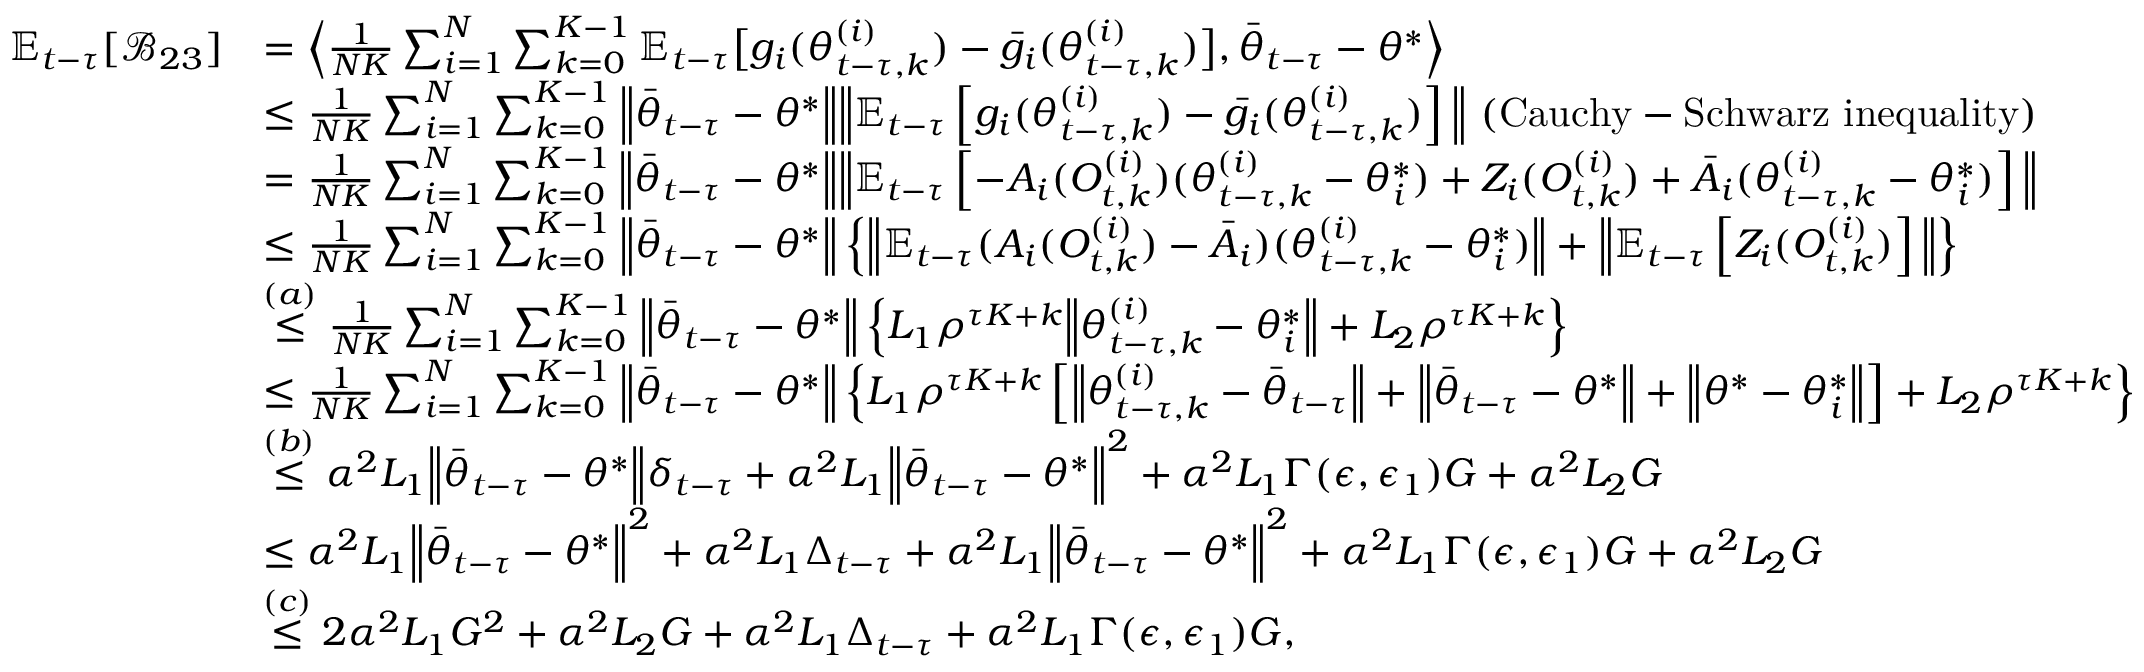
\begin{array} { r l } { \mathbb { E } _ { t - \tau } [ \mathcal { B } _ { 2 3 } ] } & { = \Big \langle \frac { 1 } { N K } \sum _ { i = 1 } ^ { N } \sum _ { k = 0 } ^ { K - 1 } \mathbb { E } _ { t - \tau } \big [ g _ { i } ( \theta _ { t - \tau , k } ^ { ( i ) } ) - \bar { g } _ { i } ( \theta _ { t - \tau , k } ^ { ( i ) } ) \big ] , \bar { \theta } _ { t - \tau } - \theta ^ { * } \Big \rangle } \\ & { \le \frac { 1 } { N K } \sum _ { i = 1 } ^ { N } \sum _ { k = 0 } ^ { K - 1 } \Big \lVert \bar { \theta } _ { t - \tau } - \theta ^ { * } \Big \rVert \Big \lVert \mathbb { E } _ { t - \tau } \left[ g _ { i } ( \theta _ { t - \tau , k } ^ { ( i ) } ) - \bar { g } _ { i } ( \theta _ { t - \tau , k } ^ { ( i ) } ) \right] \Big \rVert \ ( \mathrm { C a u c h y - S c h w a r z ~ i n e q u a l i t y } ) } \\ & { = \frac { 1 } { N K } \sum _ { i = 1 } ^ { N } \sum _ { k = 0 } ^ { K - 1 } \Big \lVert \bar { \theta } _ { t - \tau } - \theta ^ { * } \Big \rVert \Big \lVert \mathbb { E } _ { t - \tau } \left[ - A _ { i } ( O _ { t , k } ^ { ( i ) } ) ( \theta _ { t - \tau , k } ^ { ( i ) } - \theta _ { i } ^ { * } ) + Z _ { i } ( O _ { t , k } ^ { ( i ) } ) + \bar { A } _ { i } ( \theta _ { t - \tau , k } ^ { ( i ) } - \theta _ { i } ^ { * } ) \right] \Big \rVert } \\ & { \le \frac { 1 } { N K } \sum _ { i = 1 } ^ { N } \sum _ { k = 0 } ^ { K - 1 } \Big \lVert \bar { \theta } _ { t - \tau } - \theta ^ { * } \Big \rVert \left\{ \Big \lVert \mathbb { E } _ { t - \tau } ( A _ { i } ( O _ { t , k } ^ { ( i ) } ) - \bar { A } _ { i } ) ( \theta _ { t - \tau , k } ^ { ( i ) } - \theta _ { i } ^ { * } ) \Big \lVert + \Big \lVert \mathbb { E } _ { t - \tau } \left[ Z _ { i } ( O _ { t , k } ^ { ( i ) } ) \right] \Big \rVert \right\} } \\ & { \stackrel { ( a ) } { \le } \frac { 1 } { N K } \sum _ { i = 1 } ^ { N } \sum _ { k = 0 } ^ { K - 1 } \Big \lVert \bar { \theta } _ { t - \tau } - \theta ^ { * } \Big \rVert \left\{ L _ { 1 } \rho ^ { \tau K + k } \Big \lVert \theta _ { t - \tau , k } ^ { ( i ) } - \theta _ { i } ^ { * } \Big \lVert + L _ { 2 } \rho ^ { \tau K + k } \right\} } \\ & { \le \frac { 1 } { N K } \sum _ { i = 1 } ^ { N } \sum _ { k = 0 } ^ { K - 1 } \Big \lVert \bar { \theta } _ { t - \tau } - \theta ^ { * } \Big \rVert \left\{ L _ { 1 } \rho ^ { \tau K + k } \left[ \Big \lVert \theta _ { t - \tau , k } ^ { ( i ) } - \bar { \theta } _ { t - \tau } \Big \rVert + \Big \lVert \bar { \theta } _ { t - \tau } - \theta ^ { * } \Big \lVert + \Big \lVert \theta ^ { * } - \theta _ { i } ^ { * } \Big \lVert \right] + L _ { 2 } \rho ^ { \tau K + k } \right\} } \\ & { \stackrel { ( b ) } { \le } \alpha ^ { 2 } L _ { 1 } \Big \lVert \bar { \theta } _ { t - \tau } - \theta ^ { * } \Big \rVert \delta _ { t - \tau } + \alpha ^ { 2 } L _ { 1 } \Big \lVert \bar { \theta } _ { t - \tau } - \theta ^ { * } \Big \lVert ^ { 2 } + \alpha ^ { 2 } L _ { 1 } \Gamma ( \epsilon , \epsilon _ { 1 } ) G + \alpha ^ { 2 } L _ { 2 } G } \\ & { \le \alpha ^ { 2 } L _ { 1 } \Big \lVert \bar { \theta } _ { t - \tau } - \theta ^ { * } \Big \rVert ^ { 2 } + \alpha ^ { 2 } L _ { 1 } \Delta _ { t - \tau } + \alpha ^ { 2 } L _ { 1 } \Big \lVert \bar { \theta } _ { t - \tau } - \theta ^ { * } \Big \lVert ^ { 2 } + \alpha ^ { 2 } L _ { 1 } \Gamma ( \epsilon , \epsilon _ { 1 } ) G + \alpha ^ { 2 } L _ { 2 } G } \\ & { \stackrel { ( c ) } { \le } 2 \alpha ^ { 2 } L _ { 1 } G ^ { 2 } + \alpha ^ { 2 } L _ { 2 } G + \alpha ^ { 2 } L _ { 1 } \Delta _ { t - \tau } + \alpha ^ { 2 } L _ { 1 } \Gamma ( \epsilon , \epsilon _ { 1 } ) G , } \end{array}